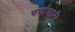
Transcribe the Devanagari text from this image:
चर्चाकारी